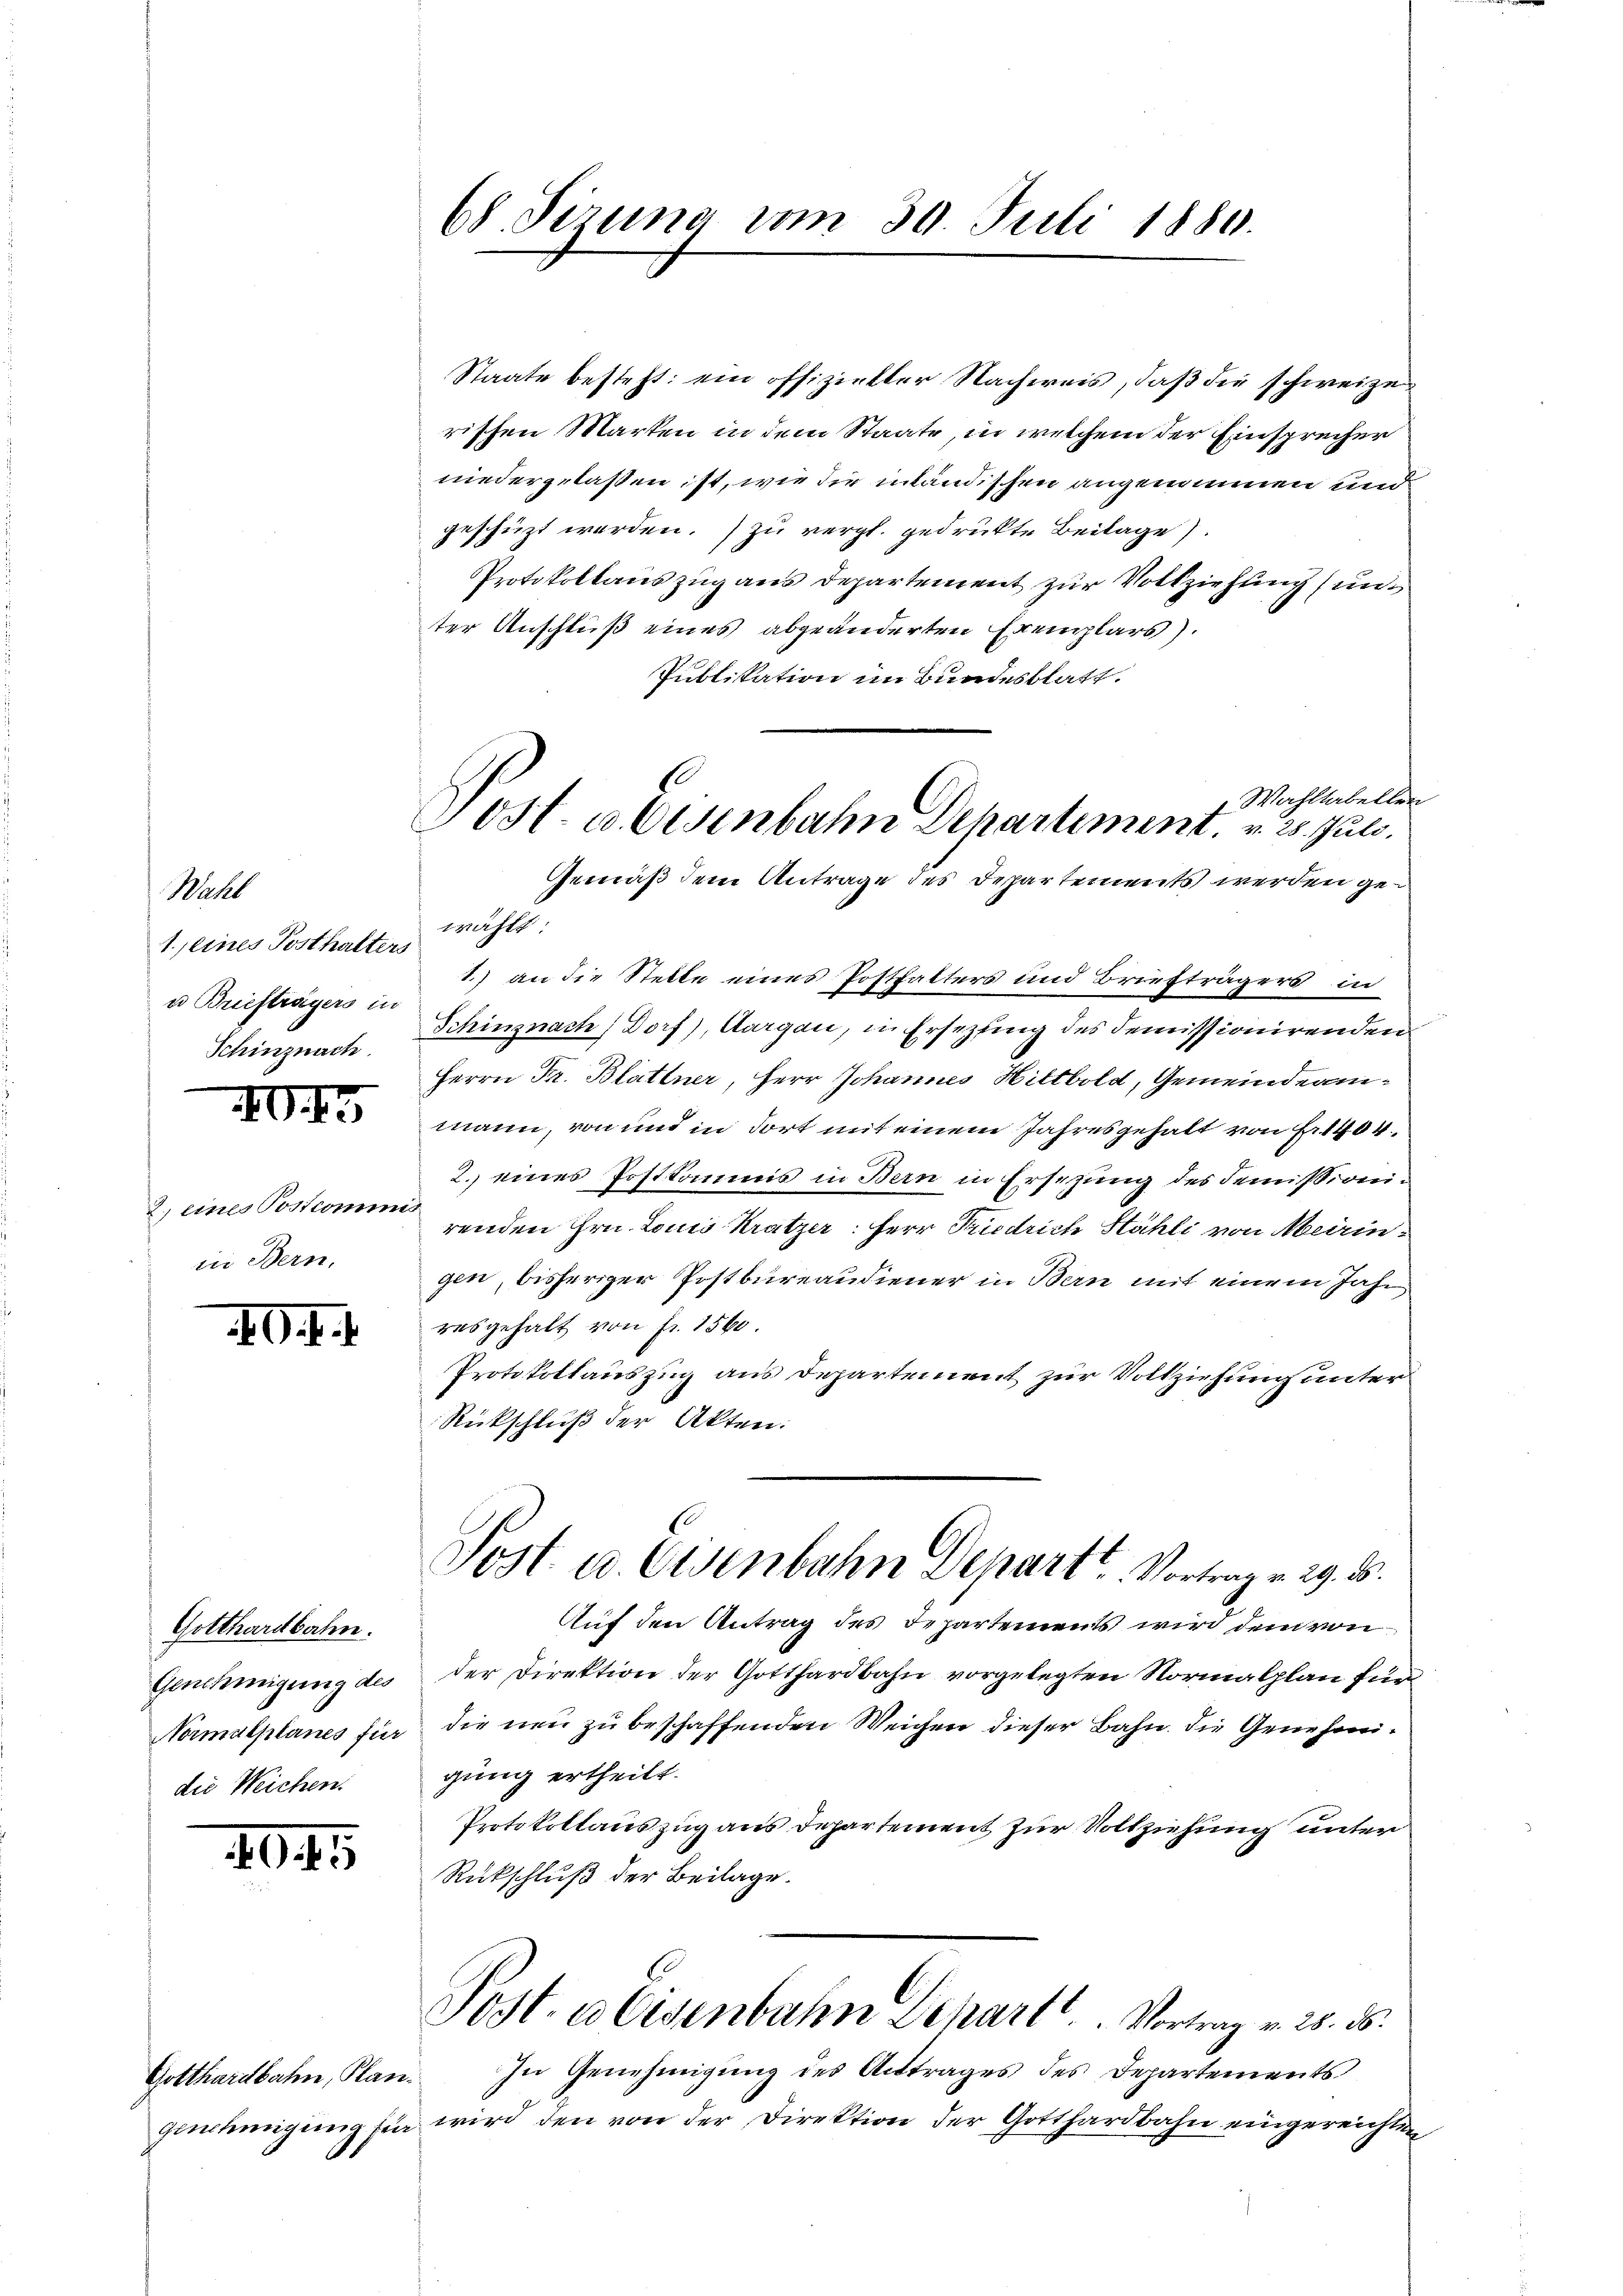
Wahl
1. seines Posthalters
u Briefträgers in
Schinznach

404

2. eines Postcomm
in Bern,

G. f.

Gotthardbahn.
Genehmigung des
Normalplanes für
die Weichen.

40. 45

Gotthardbahn, Plan.

68. Serena vom 30. Juli 1880.

E
Post- u. Eisenbahn Departement. v. 25. Juli.
Gemäß dem Antrage des Departements werden ge¬

Staate besteht: ein offizieller Nachweis, daß die schweizen
rischen Marken in dem Staate, in welchem der Einsprecher
niedergelassen ist, wie die inländischen angenommen und
geschüzt werden.) zu vergl. gedrukte Beilage).
Protokollauszug aus Departement zur Vollziehung und
ter Anschluß eines abgeänderten Exemplars).
Publikation im Bundesblatt.
Wahltabellen
wählt:
1.) an die Stelle eines Posthalters und Briefträgers in
Schinznach Dorf), Aargau, in Ersezung des demissionirenden
Herrn Fr. Blattner, Herr Johannes Hittbold, Gemeindeammann, von und in dort mit einem Jahresgehalt von Fr. 1404.
2. eines Postkommis in Bern in Ersezung des demissioneirenden Hrn. Louis Krätzer: Herr Friedrich Stähli von Meiringen, bisheriger Postbureaudiener in Bern mit einem Jahr
resgehalt von fr. 1560.
Protokollauszug aus Departement zur Vollziehung unter
Rückschluß der Akten.
Post u. Eisenbahn Depart Vortrag v. 29. d.
Auf den Antrag des Departements wird dem von
der Direktion der Gotthardbahn vorgelegten Normalplan für
die neu zu beschaffenden Weichen dieser Bahn die Genehmigung ertheilt.
Protokollauszug aus Departement zur Vollziehung unter
Rückschluß der Beilage.
Post. a Eisenbahn Beharl . . . . Vortrag v. 25. d.
In Genehmigung des Anttrages des Departements
genehmigung für wird den von der Direktion der Gotthardbahn eingereichten